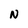
Character: N